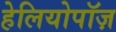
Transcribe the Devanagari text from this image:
हेलियोपॉज़